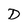
Character: D